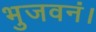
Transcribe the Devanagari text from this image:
भुजवनं।